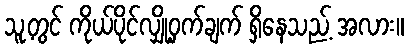
သူ့တွင် ကိုယ်ပိုင်လျှို့ဝှက်ချက် ရှိနေသည့် အလား။